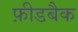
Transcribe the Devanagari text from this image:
फ़ीडबैक